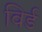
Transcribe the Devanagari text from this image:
विर्ड